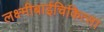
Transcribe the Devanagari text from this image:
लक्ष्मीबाईचिकित्सा